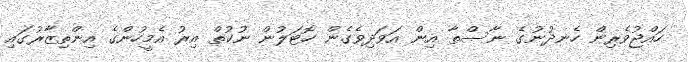
ހައްޖުވެރިން ހެނދުނުގެ ނާސްތާ އިން އަވަދިވެގެން ހޮޓަލުން ނުކުތް އިރު އެމީހުންގެ އިންތިޒާރުގައި